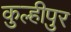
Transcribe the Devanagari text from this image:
कुल्हीपुर